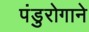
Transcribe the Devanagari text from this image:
पंडुरोगाने